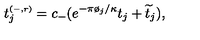
t _ { j } ^ { \scriptscriptstyle ( - , r ) } = c _ { - } ( e ^ { - \pi \o _ { j } / \kappa } t _ { j } + \widetilde { t } _ { j } ) ,